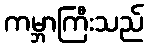
ကမ္ဘာကြီးသည်